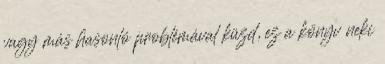
vagy más hasonló problémával küzd, ez a könyv neki